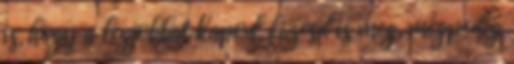
is, hogy a legjobbat kapod, fizesd is meg, mégpedig